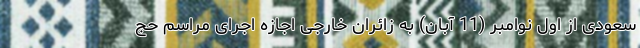
سعودی از اول نوامبر (11 آبان) به زائران خارجی اجازه اجرای مراسم حج